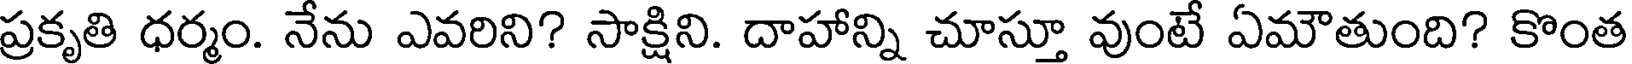
ప్రకృతి ధర్మం. నేను ఎవరిని? సాక్షిని. దాహాన్ని చూస్తూ వుంటే ఏమౌతుంది? కొంత